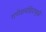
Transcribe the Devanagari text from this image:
गणेशमंदिरामुळे